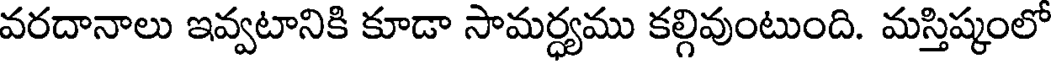
వరదానాలు ఇవ్వటానికి కూడా సామర్ధ్యము కల్గివుంటుంది. మస్తిష్కంలో